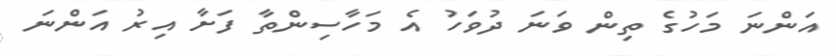
އަންނަ މަހުގެ ތިން ވަނަ ދުވަހު އެ މަހާސިންތާ ފަށާ އިރު އަންނަ